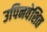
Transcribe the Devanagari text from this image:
उपिनवेशित